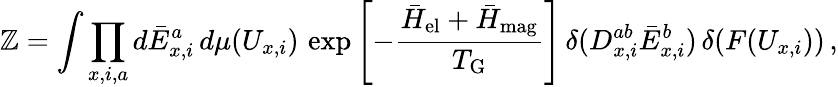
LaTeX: \mathbb{Z}=\int\prod_{x,i,a}d\bar{{E}}_{x,i}^{a}\, d\mu(U_{x,i})\, \exp\left[-{\frac{{\bar{{H}}_{\mathrm{{el}}}+\bar{{H}}_{\mathrm{{mag}}}}}{{T_{\mathrm{{G}}}}}}\right]\, \delta(D_{x,i}^{ab}\bar{{E}}_{x,i}^{b})\, \delta(F(U_{x,i}))\, ,